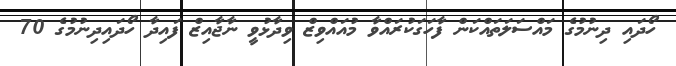
ހޯދައި ދިނުމުގެ މައްސަލަތައްކަން ފާހަގަކުރައްވާ މުއައްވިޒް ވިދާޅުވީ ނާޖާއިޒް ފައިދާ ހޯދައިދިނުމުގެ 70